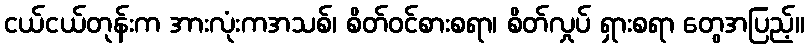
ငယ်ငယ်တုန်းက အားလုံးကအသစ်၊ စိတ်ဝင်စားစရာ၊ စိတ်လှုပ် ရှားစရာ တွေအပြည့်။